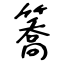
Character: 簥